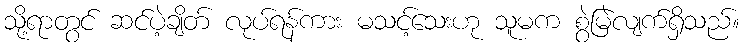
သို့ရာတွင် ဆင်ပဲ့ချိတ် လုပ်ရန်ကား မသင့်သေးဟု သူမက စွဲမြဲလျက်ရှိသည်။